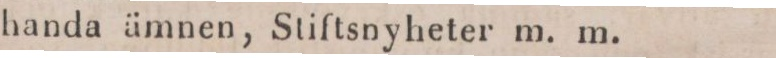
handa ämnen, Stiftsnyheter m. m.